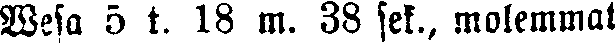
Wesa 5 t. 18 m. 38 sek., molemmat